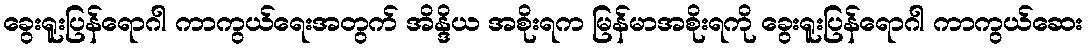
ခွေးရူးပြန်ရောဂါ ကာကွယ်ရေးအတွက် အိန္ဒိယ အစိုးရက မြန်မာအစိုးရကို ခွေးရူးပြန်ရောဂါ ကာကွယ်ဆေး